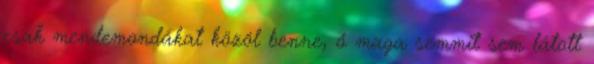
csak mendemondákat közöl benne, ő maga semmit sem látott